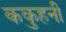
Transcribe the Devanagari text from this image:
ककुहनी